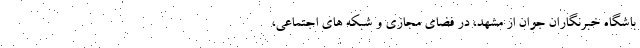
باشگاه خبرنگاران جوان از مشهد، در فضای مجازی و شبکه های اجتماعی،